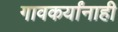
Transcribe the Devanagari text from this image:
गावकर्यांनाही